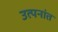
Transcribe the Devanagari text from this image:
उत्पनांत